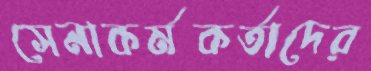
সেনাকর্মকর্তাদের